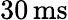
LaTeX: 30\, \textrm{ms}